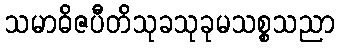
သမာဓိဇပီတိသုခသုခုမသစ္စသညာ